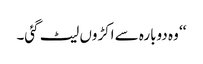
‘‘ و ہ دوبارہ سے اکڑوں لیٹ گئی۔